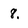
Character: 8